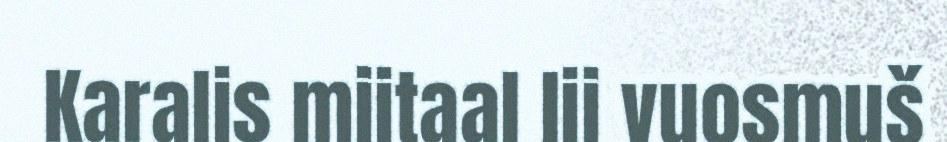
Karalis miitaal lii vuosmuš